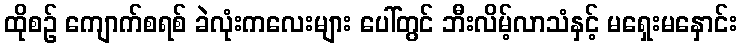
ထိုစဉ် ကျောက်စရစ် ခဲလုံးကလေးများ ပေါ်တွင် ဘီးလိမ့်လာသံနှင့် မရှေးမနှောင်း